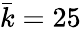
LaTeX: \bar{k}=25